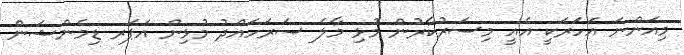
މިއަންނަ އަހަރަކީ އެއީ މިސަރުކާރުން މުޅި މާލެ ސަރަހައްދު މުޅިން އަޕަރ ޑިމެންޝަން